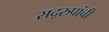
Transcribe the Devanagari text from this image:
सद्‌रुपांची